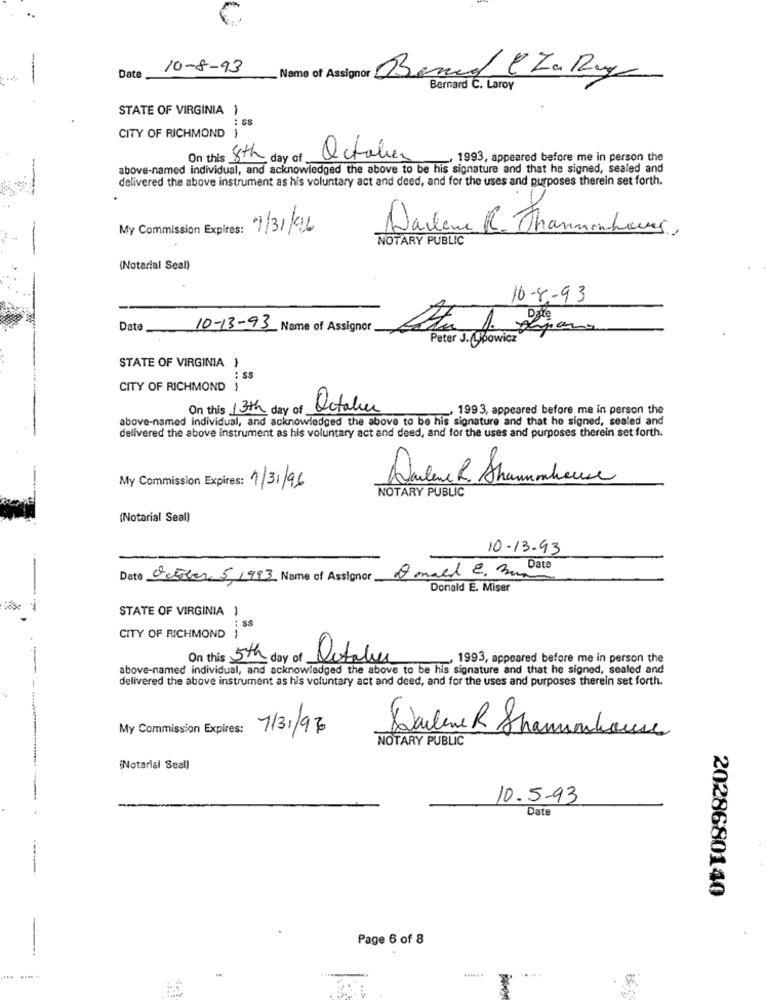
10-8-93
Date
Name of Assignor
Band CZa Ry
Bernard C . Laroy
STATE OF VIRGINIA 1
CITY OF RICHMOND )
On this 8th day of
October
. 1993, appeared before me in person the
above-named individual, and acknowledged the above to be his signature and that he signed, sealed and
delivered the above instrument as his voluntary act and deed, and for the uses and purposes therein set forth.
My Commission Expires: 01/31/026
NOTARY PUBLIC
Darlene R. Thanmonhours,
(Notarial Seal)
16-8-93
Date
10-13-93 Name of Assignor
Peter J. Lowicz
STATE OF VIRGINIA }
SS
CITY OF RICHMOND
On this 13th day of October
- 1993, appeared before me in person the
above-named individual, and acknowledged the above to be his signature and that he signed, sealed and
delivered the above instrument as his voluntary act and deed, and for the uses and purposes therein set forth.
Dulene R. Shamcheuse
My Commission Expires: 1/31/96
NOTARY PUBLIC
(Notarial Seal)
10-13-93
Q mail 2. 3 Date
Date October 5, 1993 Name of Assignor
Donald E. Miser
STATE OF VIRGINIA 1
: SS
CITY OF RICHMOND )
On this 5th day of
Detale
_ 1993, appeared before me in person the
above-named individual, and acknowledged the above to be his signature and that he signed, sealed and
delivered the above instrument as his voluntary act and deed, and for the uses and purposes therein set forth.
My Commission Expires:
1/31/970
Darlene R Shamumshouse
NOTARY PUBLIC
(Notarial Seal)
10-5-93
Date
2028680140
Page 6 of 8
.. ...
... ......
.«